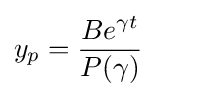
y_{p}={\frac {Be^{\gamma t}}{P(\gamma )}}\qquad